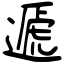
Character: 遞